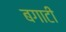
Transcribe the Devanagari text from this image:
बगाटी